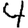
Digit: 4